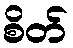
စိတ်